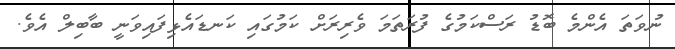
ނުވަތަ އެންމެ ބޮޑު ރަސްކަމުގެ ފުރަތަމަ ވެރިރަށް ކަމުގައި ކަނޑައެޅިފައިވަނީ ބާބިލް އެވެ.